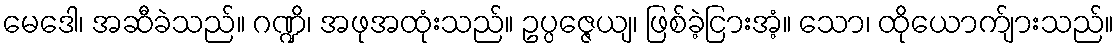
မေဒေါ၊ အဆီခဲသည်။ ဂဏ္ဍိ၊ အဖုအထုံးသည်။ ဥပ္ပဇ္ဇေယျ၊ ဖြစ်ခဲ့ငြားအံ့။ သော၊ ထိုယောက်ျားသည်။